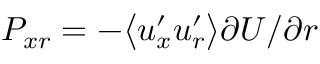
P _ { x r } = - \big < u _ { x } ^ { \prime } u _ { r } ^ { \prime } \big > \partial U / \partial r